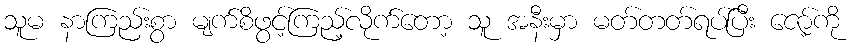
သူမ နာကြည်းစွာ မျက်စိဖွင့်ကြည့်လိုက်တော့ သူ အနီးမှာ မတ်တတ်ရပ်ပြီး ဇော့်ကို